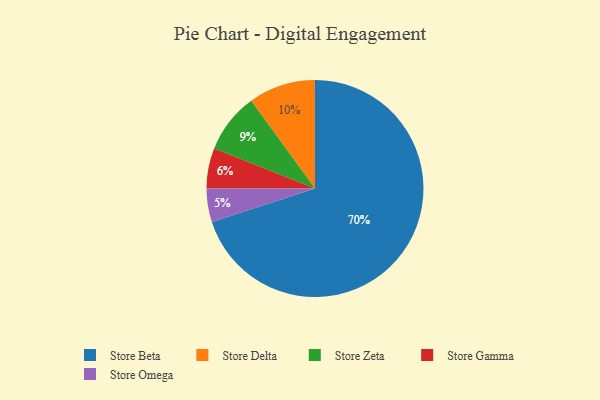
{"axis": {"x": "Category", "y": "Percentage"}, "legend": ["Store Beta", "Store Delta", "Store Gamma", "Store Omega", "Store Zeta"], "data": [{"x": "Store Delta", "y": 10, "type": "Store Delta"}, {"x": "Store Zeta", "y": 9, "type": "Store Zeta"}, {"x": "Store Beta", "y": 70, "type": "Store Beta"}, {"x": "Store Gamma", "y": 6, "type": "Store Gamma"}, {"x": "Store Omega", "y": 5, "type": "Store Omega"}]}